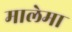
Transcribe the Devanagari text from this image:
मालेमा